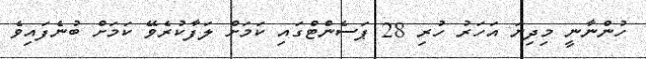
ހުންނާނީ މިދިޔަ އަހަރު ހުރި 28 ޕަސެންޓްގައި ކަމަށް ލަފާކުރެވޭ ކަމަށް ބުނެފައިވެ